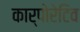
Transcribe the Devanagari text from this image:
कार्पोरेटिव